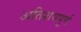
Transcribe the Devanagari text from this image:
अतिशयपूर्ण